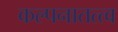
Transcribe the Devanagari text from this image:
कल्पनातत्त्व